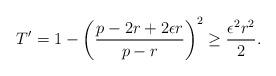
LaTeX: \begin{align*}T^\prime=1-\left(\frac{p-2r+2\epsilon r}{p-r}\right)^2\geq\frac{\epsilon^2r^2}{2}.\end{align*}